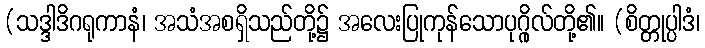
(သဒ္ဒါဒိဂရုကာနံ၊ အသံအစရှိသည်တို့၌ အလေးပြုကုန်သောပုဂ္ဂိုလ်တို့၏။ (စိတ္တုပ္ပါဒံ၊